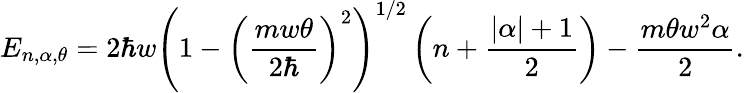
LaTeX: E_{n,\alpha,\theta}=2\hbar w\left(1-\left(\frac{mw\theta}{2\hbar}\right)^{2}\right)^{1/2}\left(n+\frac{\left|\alpha\right|+1}{2}\right)-\frac{m\theta w^{2}\alpha}{2}.